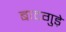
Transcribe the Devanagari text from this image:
बादगुड़े